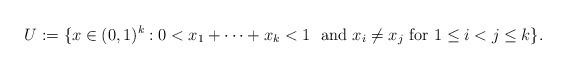
LaTeX: \begin{align*} U := \{ x \in (0,1)^k: 0 <x_1 + \dots + x_k < 1 \ \mbox{ and } x_i \neq x_j\mbox{ for } 1 \le i < j \le k \}.\end{align*}